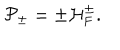
LaTeX: { \cal P } _ { \pm } = \pm { \cal H } _ { \mathrm { F } } ^ { \pm } .